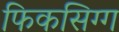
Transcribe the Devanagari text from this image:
फिकसिग्ग